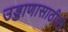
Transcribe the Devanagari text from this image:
उड्डाणासाठीची